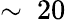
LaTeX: \sim~20